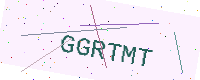
Text: GGRTMT